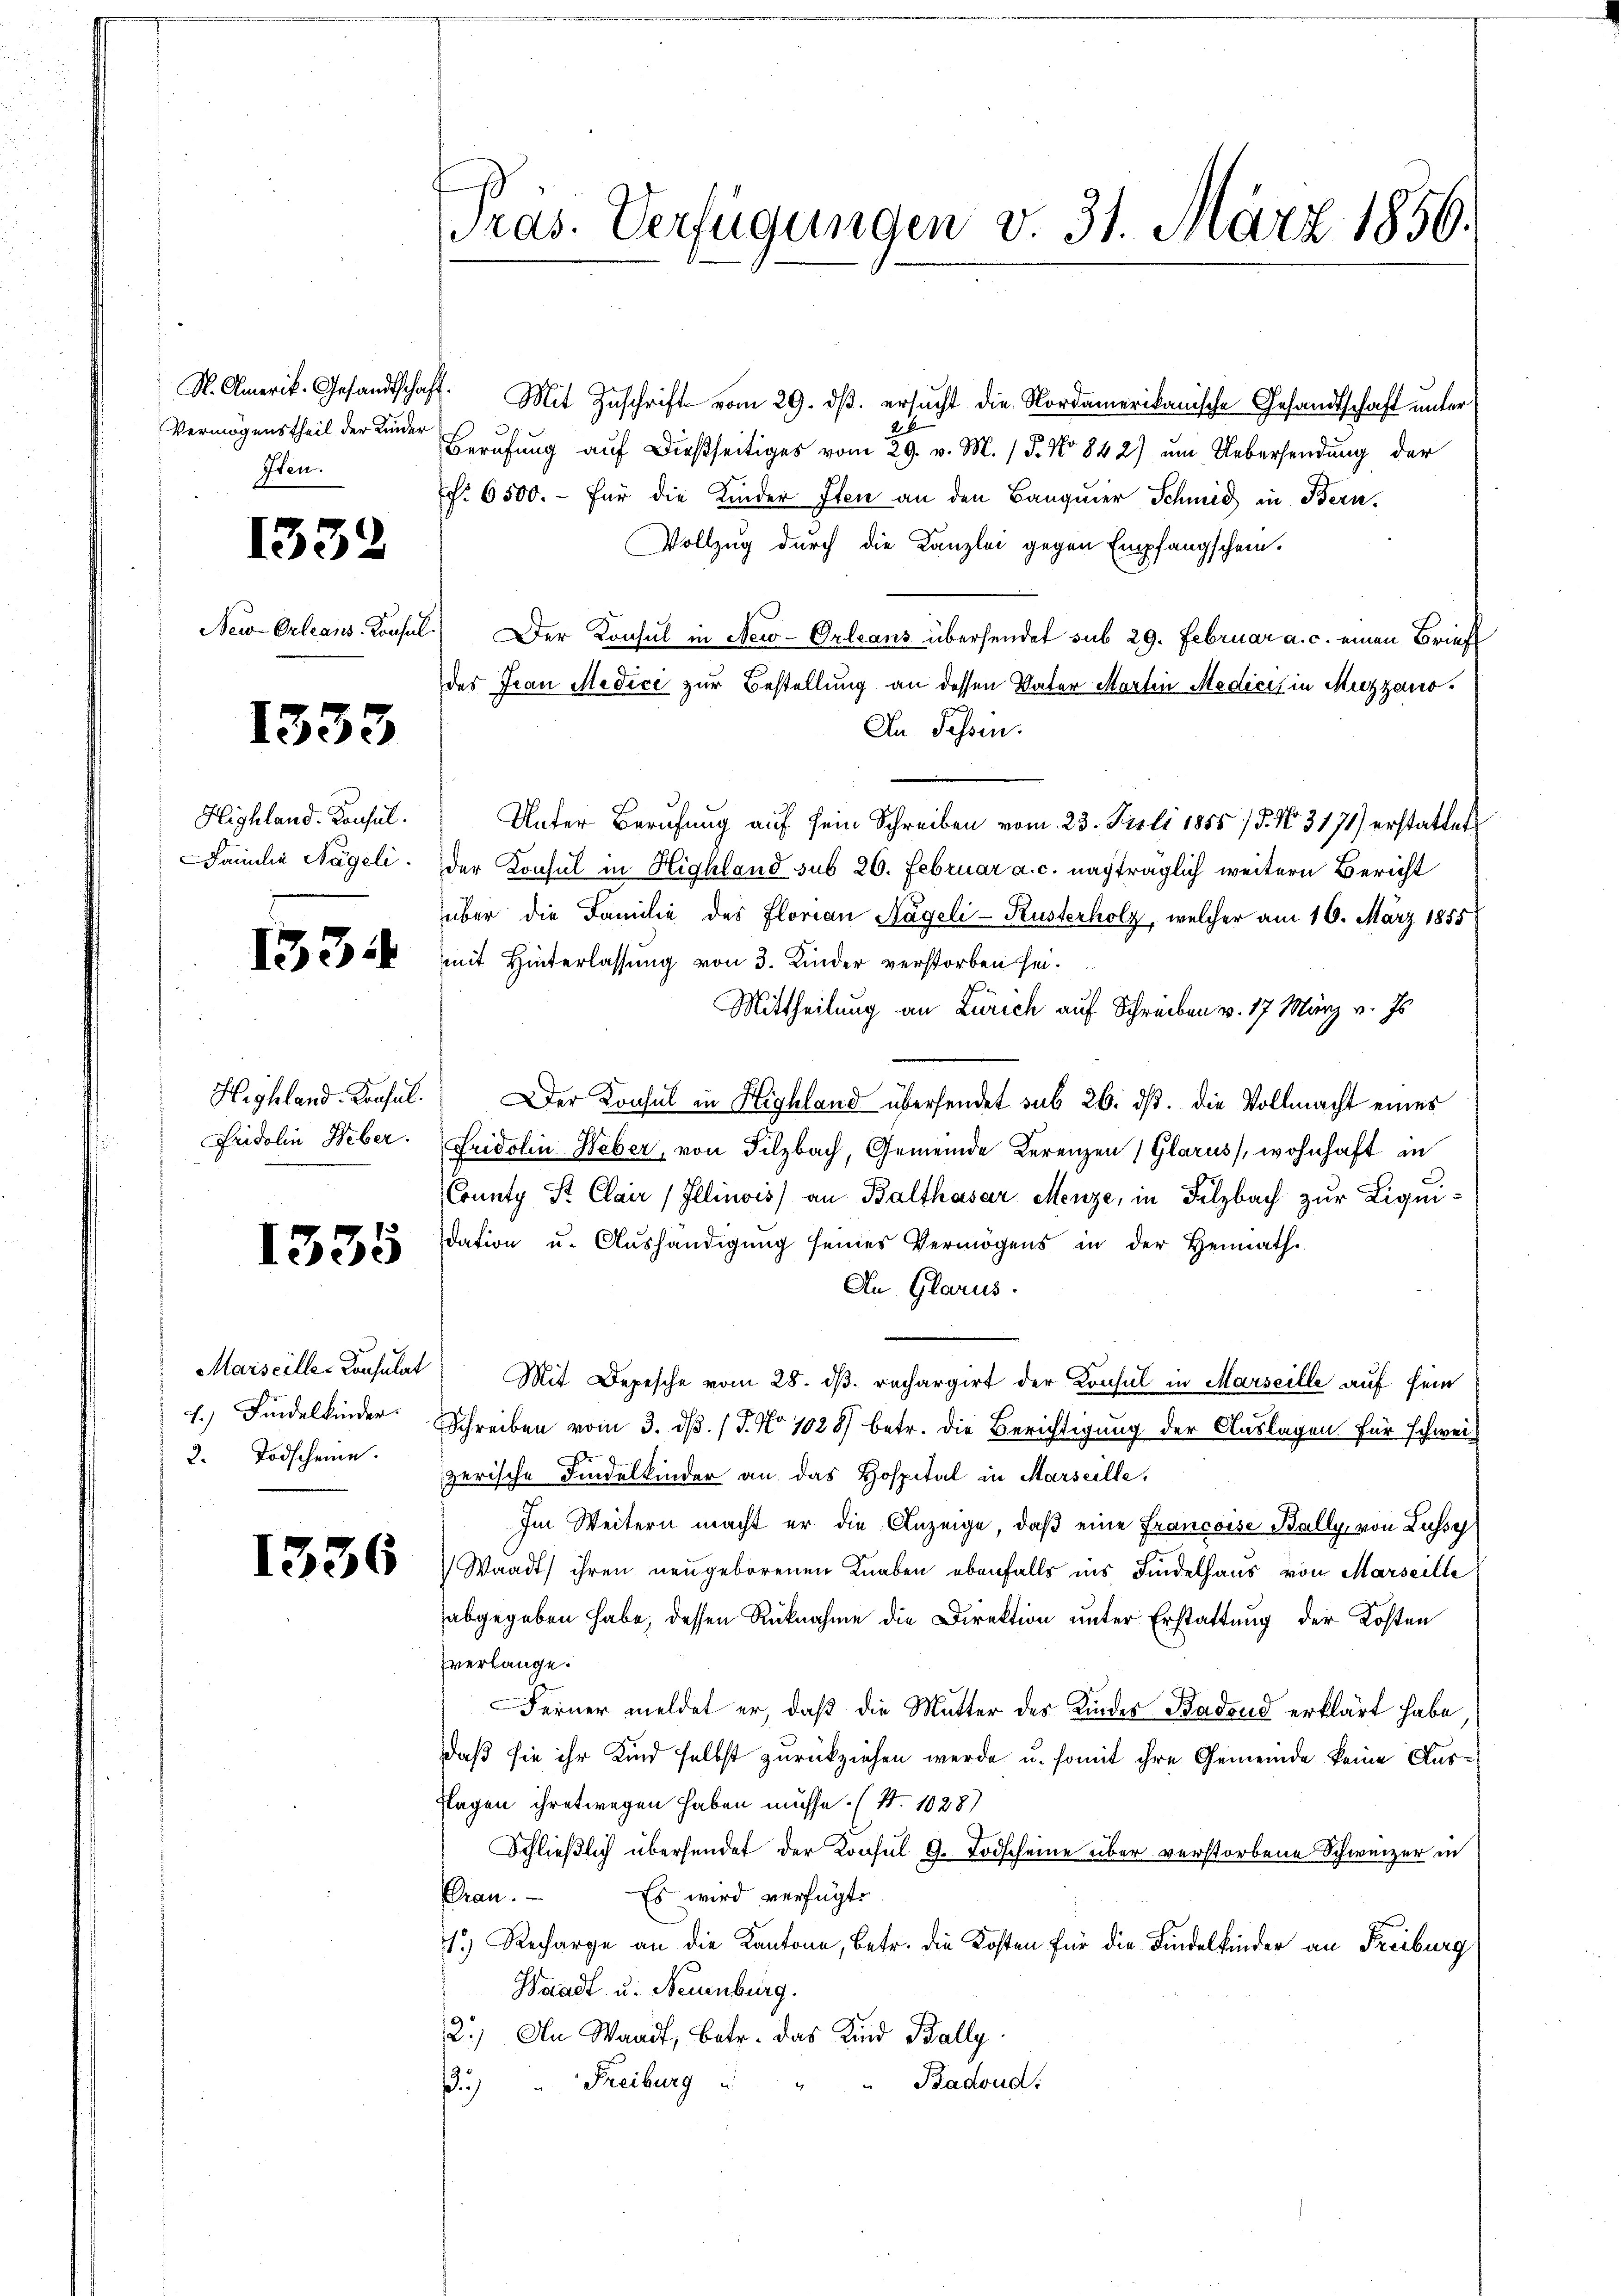
Vermögenstheil der Kinder
Iten.

1332

1333

Highland. Konsul
Familie Nägeli

1554

Fridolin Heber.

1335

Marseille-Consulat
1.) Findelkinder.
2. Todscheine.

1336

Präs. Verfügungen v. 31. März 1856.

S. Amerik. Gesandtschaft. Mit Zuschrift vom 29. ds. ersucht die Nordamerikanische Gesandtschaft unter
1
Berufung aŭf dießseitiges vom 29. v. M. P. No 842) ŭm Uebersendung der
f. 6500. für die Kinder Iten an den Banquier Schmid in Bern,
Vollzug durch die Kanzlei gegen Empfangschein.
New-Orleans Konsul) Der Konsul in New-Orleans übersendet sub 29. Februar a. c. einen Brief
des Frau Medici zur Bestellung an dessen Vater Martin Medici in Muzzano¬
An Fessen.
Unter Berufung auf sein Schreiben vom 23. Juli 1858/5. No. 3171) erstattet
der Konsul in Highland sub 26. Februar a. c. nachträglich weitern Bericht
über die Familie des Florian Kägeli-Rusterholz, welcher am 16. März 1855
mit Hinterlassung von 3. Kinder verstorben sei.
Mittheilung an Zürich auf Schreiben v. 17. März v. Js.
Highland. Konsul. Der Konsul in Highland übersendet sub 26. ds. die Vollmacht eines
Fridolin Weber, von Filzbach, Gemeinde Kerenzen (Glarus, wohnhaft in
County Pr Clair /Illinois) an Balthasar Menze, in Filzbach zur Liquidation u. Aushändigung seines Vermögens in der Heimath-
An Glarus.
Mit Depesche vom 28. d. rechargirt der Konsul in Marseille auf sein
Schreiben vom 3. d. J. No 1028 betr. die Berichtigung der Auslagen für schweizerische Findelkinder an das Hospital in Marseille,
Im Weitern macht er die Anzeige, daß eine Francoise Bally, von Lussg
Waadt) ihren neugeborenen Knaben ebenfalls ins Findelhaus von Marseille
abgegeben habe, dessen Rücknahme die Direktion unter Erstattung der Kosten
verlange.
Ferner meldet er, daß die Mutter des Kinder Badend erklärt habe
daß sie ihr Kind selbst zurückziehen werde u. somit ihre Gemeinde keine Ausflagen ihretwegen haben müsse. (S. 1028)
Schließlich übersendet der Konsul G. Todscheine über verstorbene Schweizer in
Es wird verfügt:
Pran.
.) Recharge an die Kantone, betr. die Kosten für die Kindelkinder an Freiburg
Waadt u. Neuenburg.
2.) An Waadt, betr. das Kind Bally.
Badoud.
.) " Freiburg i